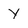
Character: y